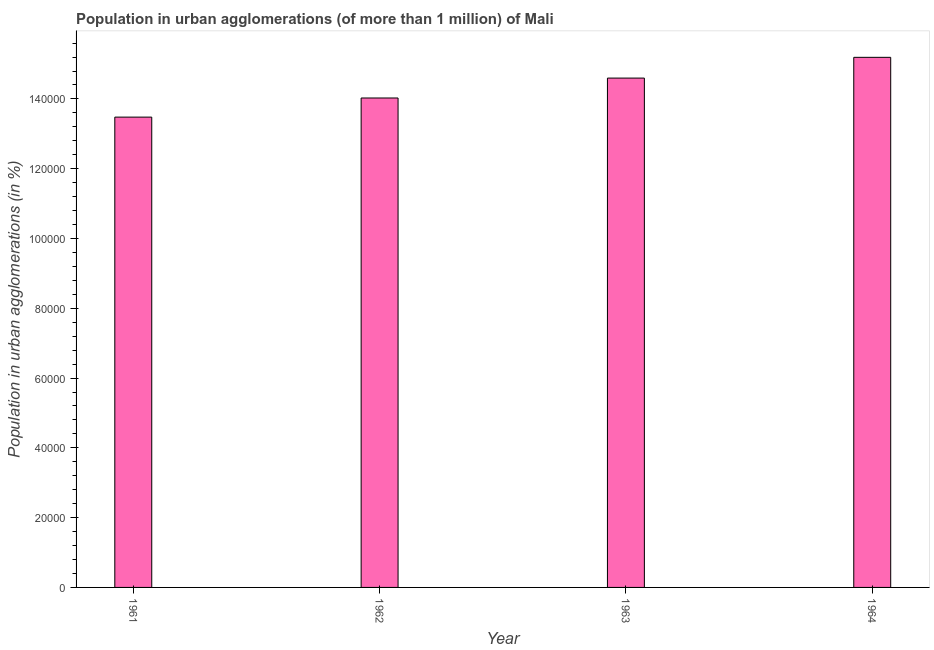
| Year | Population in urban agglomerations |
 | --- | --- |
 | 1961 | 1.35e+05 |
 | 1962 | 1.4e+05 |
 | 1963 | 1.46e+05 |
 | 1964 | 1.52e+05 |